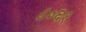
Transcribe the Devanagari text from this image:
८०६१